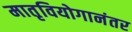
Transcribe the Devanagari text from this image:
मातृवियोगानंतर